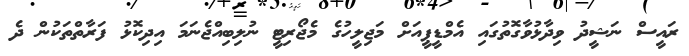
ރައީސް ނަޝީދު ވިދާޅުވާގޮތުގައި އެމްޑީޕީއަށް މަޖިލީހުގެ މެޖޯރިޓީ ނުލިބިއްޖެނަމަ އިދިކޮޅު ފަރާތްތަކުން ދެ